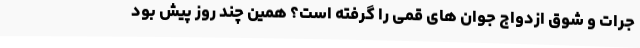
جرات و شوق ازدواج جوان های قمی را گرفته است؟ همین چند روز پیش بود